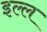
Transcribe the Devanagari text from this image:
इल्ल